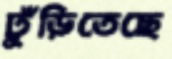
ঢুঁড়িতেছে